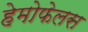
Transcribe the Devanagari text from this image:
हेमोफेलस